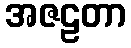
အဇဠတာ